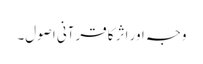
وجہ اور اثر کا قرآنی اصول۔